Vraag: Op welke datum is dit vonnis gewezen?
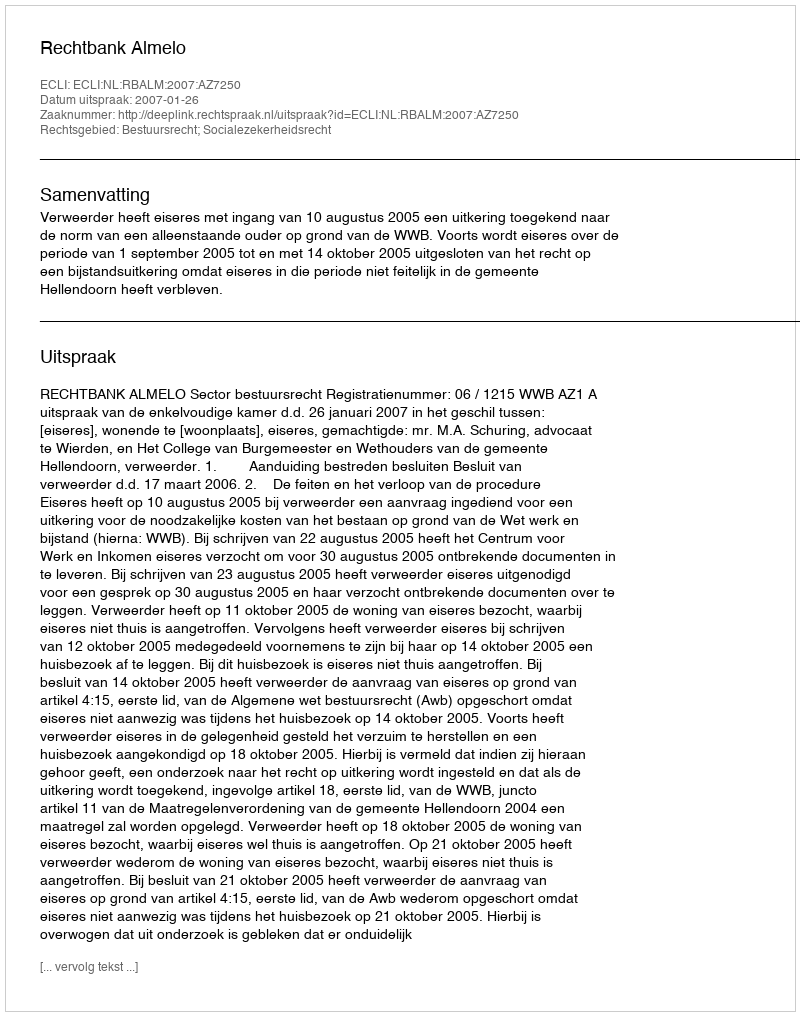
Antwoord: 2007-01-26